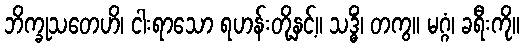
ဘိက္ခုသတေဟိ၊ ငါးရာသော ရဟန်းတို့နှင့်။ သဒ္ဓိံ၊ တကွ။ မဂ္ဂံ၊ ခရီးကို။